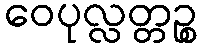
ဝေပုလ္လတ္တဉ္စ